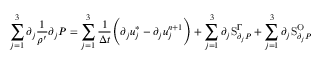
\sum _ { j = 1 } ^ { 3 } \partial _ { j } \frac { 1 } { \rho ^ { \prime } } \partial _ { j } P = \sum _ { j = 1 } ^ { 3 } \frac { 1 } { \Delta t } \Bigg ( \partial _ { j } u _ { j } ^ { * } - \partial _ { j } u _ { j } ^ { n + 1 } \Bigg ) + \sum _ { j = 1 } ^ { 3 } \partial _ { j } \mathrm { S } _ { \partial _ { j } P } ^ { \Gamma } + \sum _ { j = 1 } ^ { 3 } \partial _ { j } \mathrm { S } _ { \partial _ { j } P } ^ { \mathrm { O } }